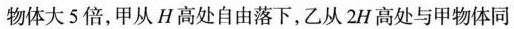
物体大5倍，甲从H高处自由落下，乙从2H高处与甲物体同